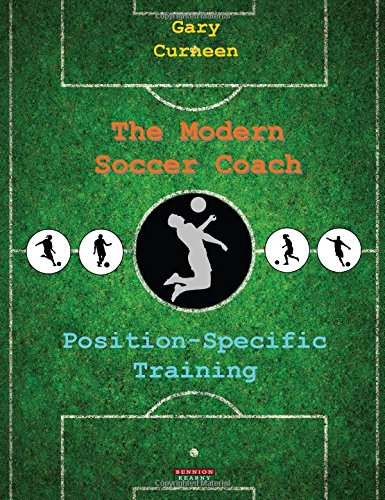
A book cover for The Modern Soccer Coach: Position-Specific Training; Gary Curneen; Sports & Outdoors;